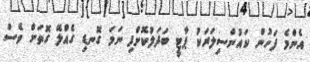
އެންމެ ފަހުން ކައުންސިލަރަކު ޕާޓީ ބަދަލުކޮށްފި ނަމަ ގޮނޑި ގެއްލޭ ގޮތަށް ވެސް